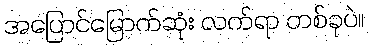
အပြောင်မြောက်ဆုံး လက်ရာ တစ်ခုပဲ။